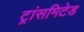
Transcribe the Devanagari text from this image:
ट्रांसमिटेड